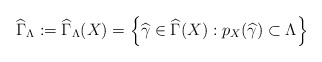
\begin{align*}\widehat{\Gamma }_{\Lambda }:=\widehat{\Gamma }_{\Lambda }(X)=\left\{\widehat{\gamma }\in \widehat{\Gamma }(X):p_{X}(\widehat{\gamma })\subset \Lambda \right\} \end{align*}